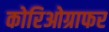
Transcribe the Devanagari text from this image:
कोरिओग्राफर